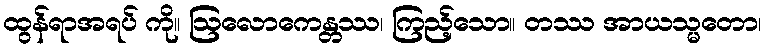
ထွန်ရာအရပ် ကို။ ဩလောကေန္တဿ၊ ကြည့်သော။ တဿ အာယသ္မတော၊